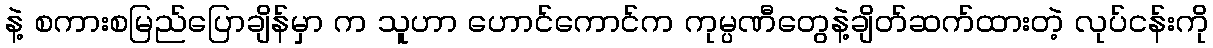
နဲ့ စကားစမြည်ပြောချိန်မှာ က သူဟာ ဟောင်ကောင်က ကုမ္ပဏီတွေနဲ့ချိတ်ဆက်ထားတဲ့ လုပ်ငန်းကို